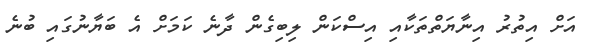
އަށް އިތުރު އިނާޔަތްތަކާއި އިސްކަން ލިބިގެން ދާނެ ކަމަށް އެ ބަޔާނުގައި ބުނެ